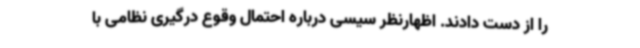
را از دست دادند. اظهارنظر سیسی درباره احتمال وقوع درگیری نظامی با